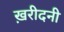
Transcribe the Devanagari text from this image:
ख़रीदनी